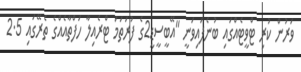
ވަރުން ކުރި ޓްވީޓެއްގައި ބުނެފައިވަނީ "އޭބީސީޑީ2ގެ ފުރަތަމަ ޓްރެއިލާ ހަފްތާއެއްގެ ތެރޭގައި 2.5